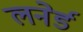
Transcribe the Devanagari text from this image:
लनेर्ड